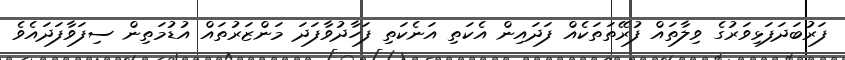
ފަރުބަދަފަޅިވަރުގެ ވިލާތައް ފުރޭތަތަކެއް ފަދައިން އެކަތި އަނެކަތި ފަހާދުވާފަދަ މަންޒަރުތައް އުޑުމަތިން ސިފަވާފަދައެވެ